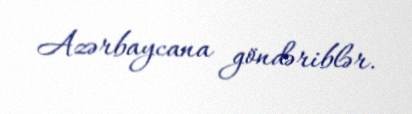
Azərbaycana göndəriblər.